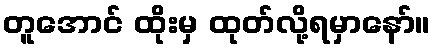
တူအောင် ထိုးမှ ထုတ်လို့ရမှာနော်။